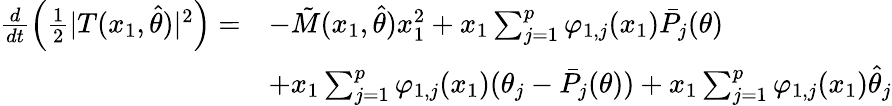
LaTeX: \begin{array}{rl}{\frac{d}{dt}\left(\frac{1}{2}\vert T(x_{1},\hat{\theta})\vert^{2}\right)=}&{-\tilde{M}(x_{1},\hat{\theta})x_{1}^{2}+x_{1}\sum_{j=1}^{p}\varphi_{1,j}(x_{1})\bar{P}_{j}(\theta)}\\ &{+x_{1}\sum_{j=1}^{p}\varphi_{1,j}(x_{1})(\theta_{j}-\bar{P}_{j}(\theta))+x_{1}\sum_{j=1}^{p}\varphi_{1,j}(x_{1})\hat{\theta}_{j}}\end{array}